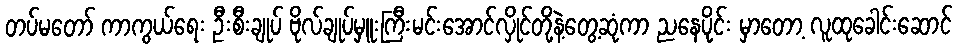
တပ်မတော် ကာကွယ်ရေး ဦးစီးချုပ် ဗိုလ်ချုပ်မှူးကြီးမင်းအောင်လှိုင်တို့နဲ့တွေ့ဆုံကာ ညနေပိုင်း မှာတော့ လူထုခေါင်းဆောင်